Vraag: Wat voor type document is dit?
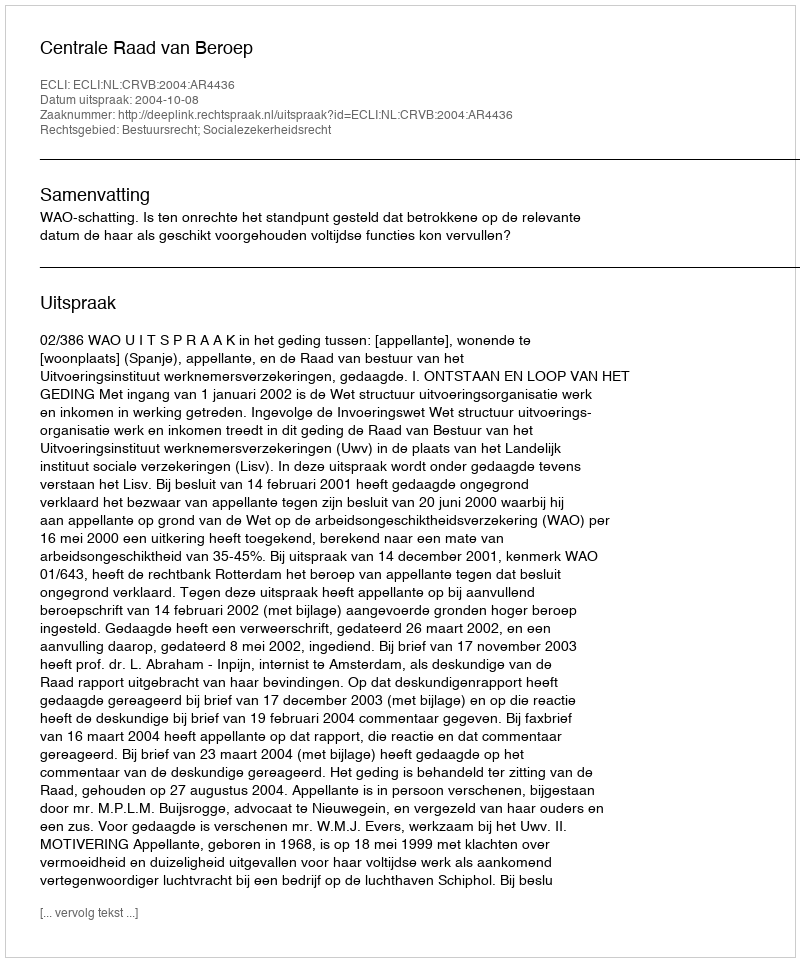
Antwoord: Uitspraak